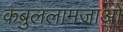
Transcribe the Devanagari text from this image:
कबुललामजाओ